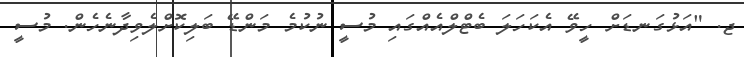
ޖ. "އަޅުގަނޑަށް ހީވޭ އެކަހަލަ ބެޓްލްއެއްގައި މުސީ ނުކުމެ މަންޑޭ ބަލިކޮށްލެވިދާނެހެން. މުސީ